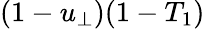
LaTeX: (1-u_{\bot})(1-T_{1})